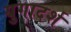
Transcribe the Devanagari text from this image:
युगादर्श